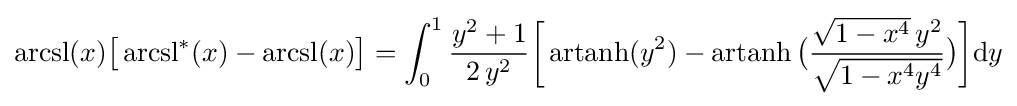
\operatorname {arcsl} (x){\bigl [}\operatorname {arcsl} ^{*}(x)-\operatorname {arcsl} (x){\bigr ]}=\int _{0}^{1}{\frac {y^{2}+1}{2\,y^{2}}}{\biggl [}\operatorname {artanh} (y^{2})-\operatorname {artanh} {\bigl (}{\frac {{\sqrt {1-x^{4}}}\,y^{2}}{\sqrt {1-x^{4}y^{4}}}}{\bigr )}{\biggr ]}\mathrm {d} y